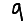
Digit: 9